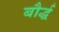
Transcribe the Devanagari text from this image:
बौर्द्ध